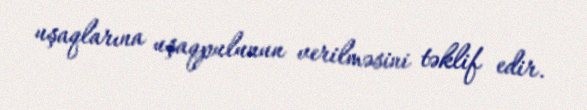
uşaqlarına uşaqpulunun verilməsini təklif edir.